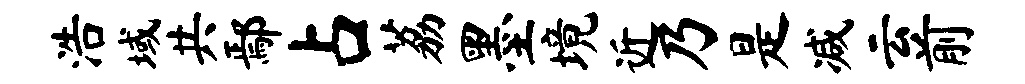
浩域共鄢占荔墨境近乃是减云前